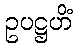
ဥပဋ္ဌဟိံ